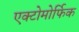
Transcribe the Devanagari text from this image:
एक्टोमोर्फिक